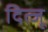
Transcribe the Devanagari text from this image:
दित्जू